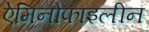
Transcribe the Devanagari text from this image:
ऐमिनोफाइलीन